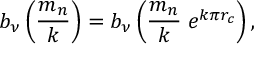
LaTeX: b _ { \nu } \left( \frac { m _ { n } } { k } \right) = b _ { \nu } \left( \frac { m _ { n } } { k } \; e ^ { k \pi r _ { c } } \right) ,